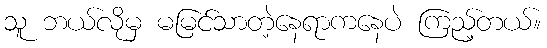
သူ ဘယ်လိုမှ မမြင်သာတဲ့နေရာကနေပဲ ကြည့်တယ်။